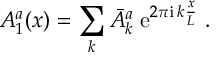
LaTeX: A _ { 1 } ^ { a } ( x ) = \sum _ { k } \bar { A } _ { k } ^ { a } \; \mathrm { e } ^ { 2 \pi \mathrm { i } \, k \frac { x } { L } } \; .